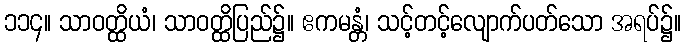
၁၁၄။ သာဝတ္ထိယံ၊ သာဝတ္ထိပြည်၌။ ဧကမန္တံ၊ သင့်တင့်လျောက်ပတ်သော အရပ်၌။